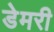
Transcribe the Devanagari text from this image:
डेमरी